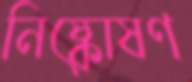
নিষ্কোষণ